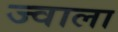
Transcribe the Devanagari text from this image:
ज्‍वाला